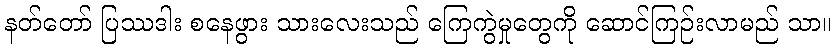
နတ်တော် ပြဿဒါး စနေဖွား သားလေးသည် ကြေကွဲမှုတွေကို ဆောင်ကြဉ်းလာမည် သာ။